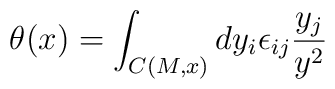
\theta(x)=\int_{C(M,x)} dy_i \epsilon_{ij}\frac{y_j}{y^2}